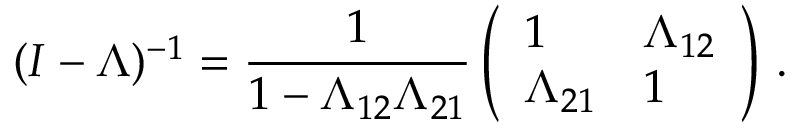
( I - \Lambda ) ^ { - 1 } = \frac { 1 } { 1 - \Lambda _ { 1 2 } \Lambda _ { 2 1 } } \left( \begin{array} { l l } { 1 } & { \Lambda _ { 1 2 } } \\ { \Lambda _ { 2 1 } } & { 1 } \end{array} \right) \, .